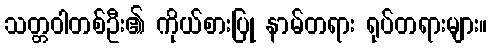
သတ္တဝါတစ်ဦး၏ ကိုယ်စားပြု နာမ်တရား ရုပ်တရားများ။